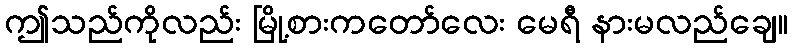
ဤသည်ကိုလည်း မြို့စားကတော်လေး မေရီ နားမလည်ချေ။